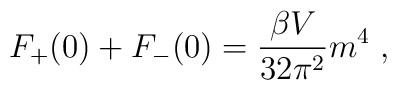
F_{+}(0) + F_{-}(0) = \frac{\beta V}{32\pi^{2}}m^{4}\;,